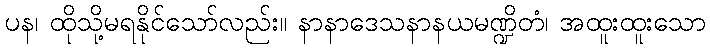
ပန၊ ထိုသို့မရနိုင်သော်လည်း။ နာနာဒေသနာနယမဏ္ဍိတံ၊ အထူးထူးသော